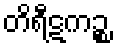
တိရီဋကဉ္စ